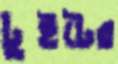
টুইটের